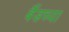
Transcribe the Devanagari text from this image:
बैंडच्या